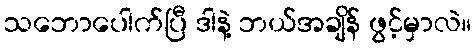
သဘောပေါက်ပြီ ဒါနဲ့ ဘယ်အချိန် ဖွင့်မှာလဲ။